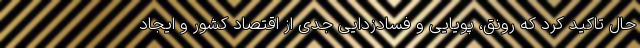
حال تاکید کرد که رونق، پویایی و فسادزدایی جدی از اقتصاد کشور و ایجاد